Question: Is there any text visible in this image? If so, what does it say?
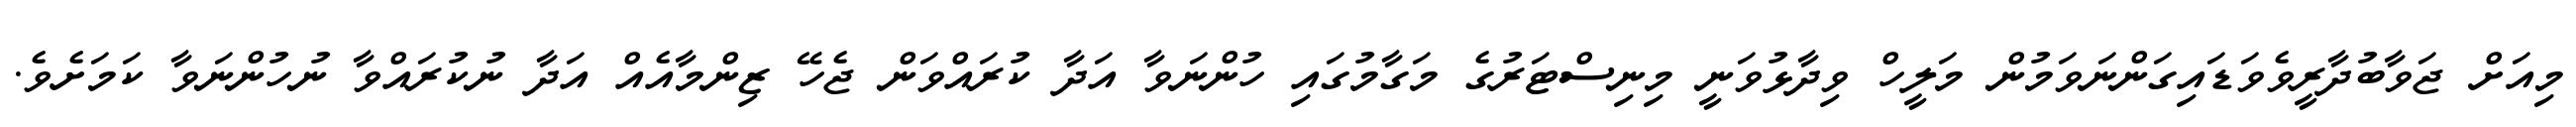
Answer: މިއަށް ޖަވާބުދާރީވެވަޑައިގަންނަވަމުން މަލީހް ވިދާޅުވަނީ މިނިސްޓަރުގެ މަގާމުގައި ހުންނަވާ އަދާ ކުރައްވަން ޖެހޭ ޒިންމާއެއް އަދާ ނުކުރައްވާ ނުހުންނަވާ ކަމަށެވެ.